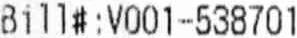
BILL#:V001-538701